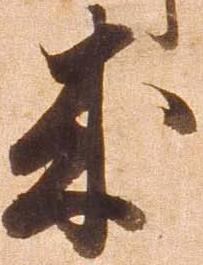
来